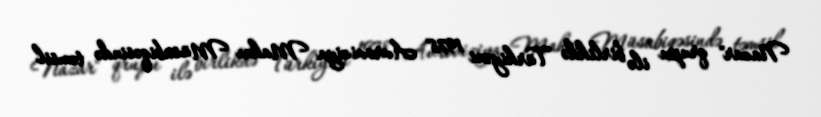
Nazar" qrupu ilə birlikdə Türkiyəni 1978 Avroviziya Mahnı Müsabiqəsində təmsil